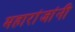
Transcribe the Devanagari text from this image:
महारांजांनी